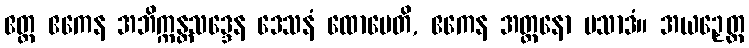
ဧတ္ထ ဧကေန အဘိက္ကန္တသဒ္ဒေန ဒေသနံ ထောမေတိ, ဧကေန အတ္တနော ပသာဒံ။ အယဉှေတ္ထ